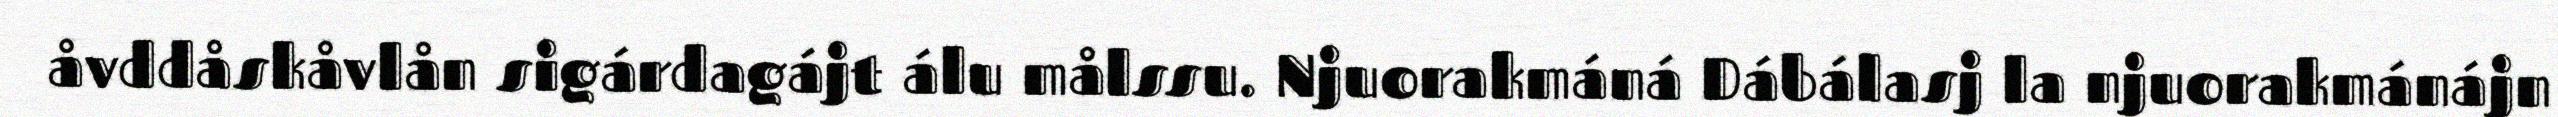
åvddåskåvlån sigárdagájt álu målssu. Njuorakmáná Dábálasj la njuorakmánájn